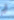
ثم